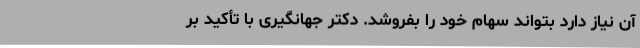
آن نیاز دارد بتواند سهام خود را بفروشد. دکتر جهانگیری با تأکید بر